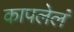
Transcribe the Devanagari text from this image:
कापलेलं